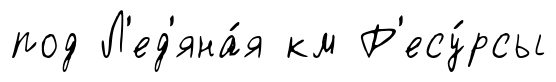
под Л'ед'яна́я км Р'есу́рсы